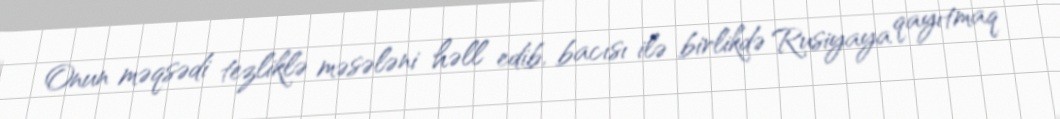
Onun məqsədi tezliklə məsələni həll edib, bacısı ilə birlikdə Rusiyaya qayıtmaq